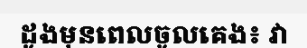
ដូងមុនពេលចូលគេង៖ វា